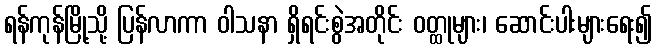
ရန်ကုန်မြို့သို့ ပြန်လာကာ ဝါသနာ ရှိရင်းစွဲအတိုင်း ဝတ္ထုများ၊ ဆောင်းပါးများရေး၍